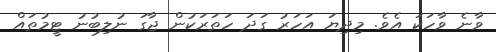
ވާނެ ވާހަކަ އެވެ. މިދިޔަ އަހަރު ގަދަ ހަތަރަކުން ޖާގަ ނުލިބުނު ޓީމުތައް